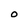
Character: O